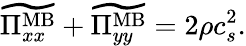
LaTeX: \widetilde{\Pi_{xx}^{\mathrm{MB}}}+\widetilde{\Pi_{yy}^{\mathrm{MB}}}=2\rho c_{s}^{2}.